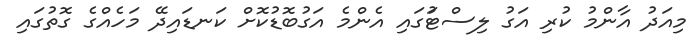
މިއަދު އާންމު ކުރި އަގު ލިސްޓުަގައި އެންމެ އަގުބޮޑުކޮށް ކަނޑައިދޭ މަހެއްގެ ގޮތުގައި